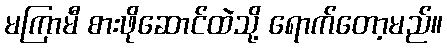
မကြာမီ စားဖိုဆောင်ထဲသို့ ရောက်တော့မည်။